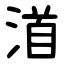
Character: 渞